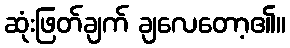
ဆုံးဖြတ်ချက် ချလေတော့၏။